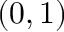
( 0 , 1 )